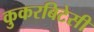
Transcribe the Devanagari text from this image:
कुकरबिटेसी